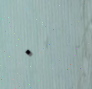
٠